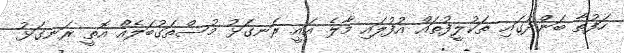
ހަފުތާ ބަންދުގައި ތަކުލީފުތައް އުފުލައި މާލެ އައީ ރަނގަޅު މުސްތަގުބަލެއް އޮތީ ރަނގަޅު